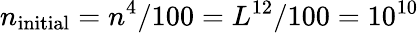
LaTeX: n_{\mathrm{{initial}}}=n^{4}/100=L^{12}/100=10^{10}